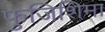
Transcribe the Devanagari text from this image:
फुजिशिमा